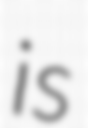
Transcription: is